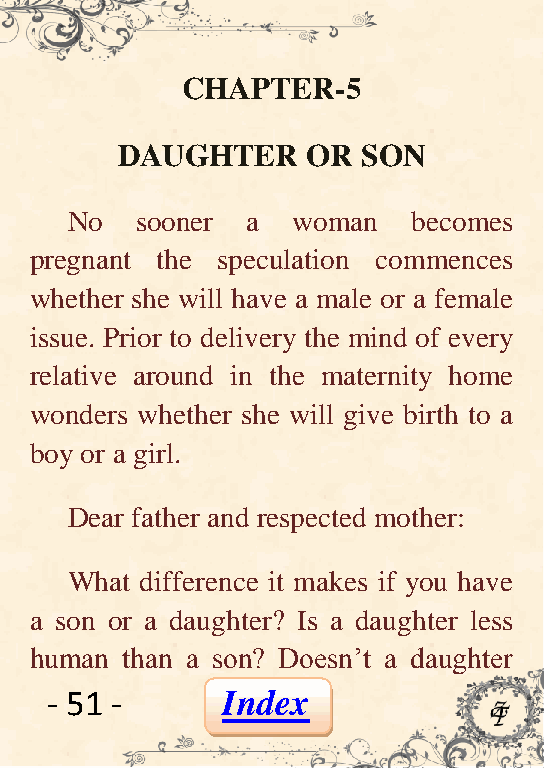
CHAPTER-5
 DAUGHTER    OR  SON
 No   sooner a  woman   becomes
 pregnant the speculation commences
 whether she will have a male or a female
 issue. Prior to delivery the mind of every
 relative around in the maternity home
 wonders whether she will give birth to a
 boy or a girl.
 Dear father and respected mother:
 What difference it makes if you have
 a son or a daughter? Is a daughter less
 human than a son? Doesn’t a daughter
 - 51 -      Index